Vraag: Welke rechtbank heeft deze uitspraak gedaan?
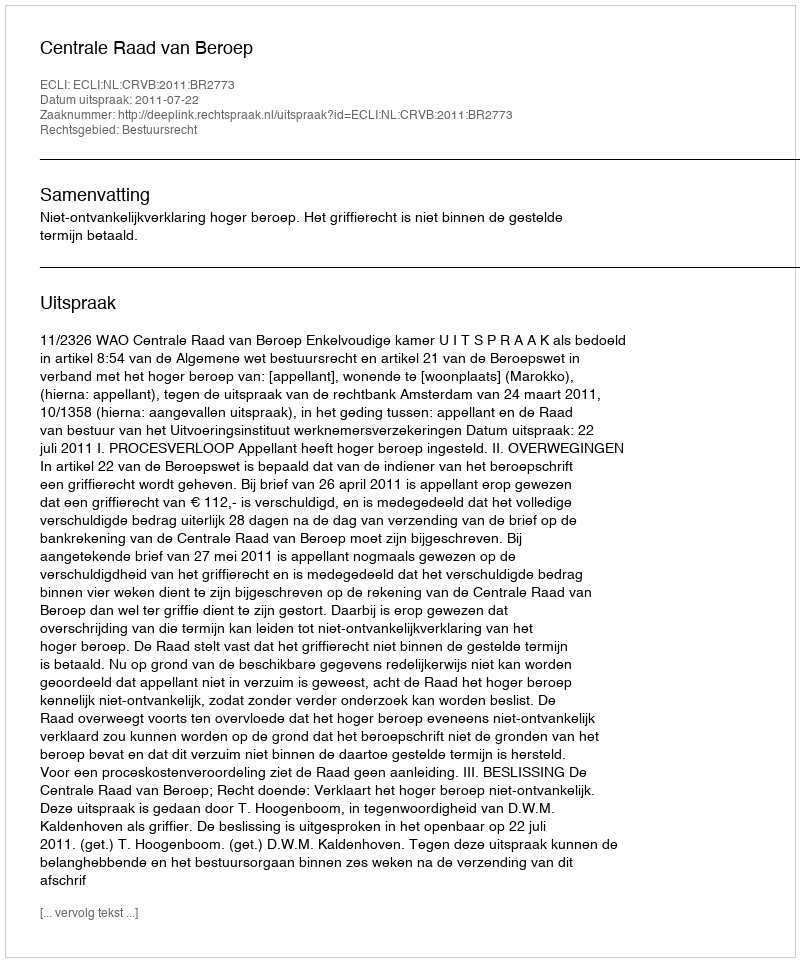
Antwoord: Centrale Raad van Beroep